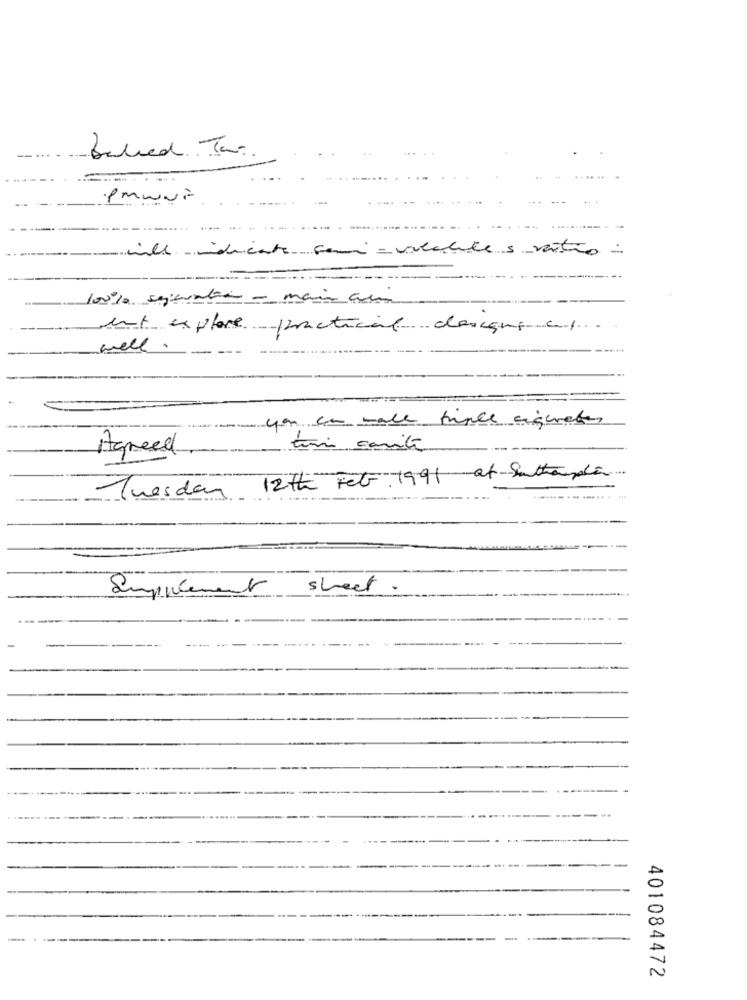
Balled Tar
.. ..
·Pmwurt
...
----
---- -
will msdiente comi =volatile s vetro
100 % seperatia - maia au
ent explore practical descans al.
well.
you can male triple ciquetes
Agreed
toni carita
Tuesday 12th Feb 1991 at Southampla
Supplement sheet.
-
401084472